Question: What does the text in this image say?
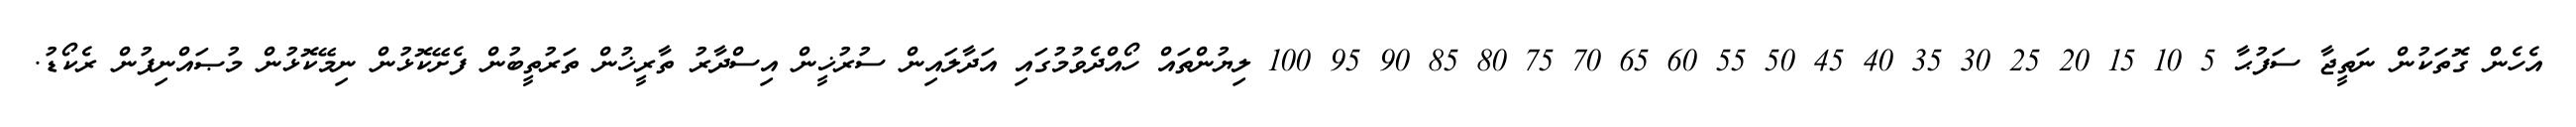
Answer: އެހެން ގޮތަކުން ނަތީޖާ ސަފުޙާ 5 10 15 20 25 30 35 40 45 50 55 60 65 70 75 80 85 90 95 100 ލިޔުންތައް ހޯއްދެވުމުގައި އަދާލައިން ސުރުޚީން އިސްދާރު ތާރީޚުން ތަރުތީބުން ފެށޭކޮޅުން ނިމޭކޮޅުން މުޞައްނިފުން ރެކޯޑު.